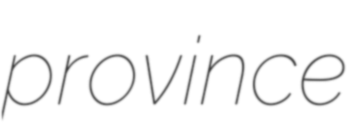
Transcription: province